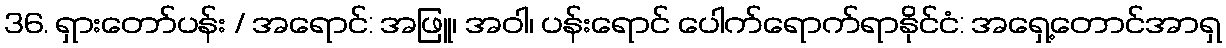
36. ရှားတော်ပန်း / အရောင်: အဖြူ၊ အဝါ၊ ပန်းရောင် ပေါက်ရောက်ရာနိုင်ငံ: အရှေ့တောင်အာရှ